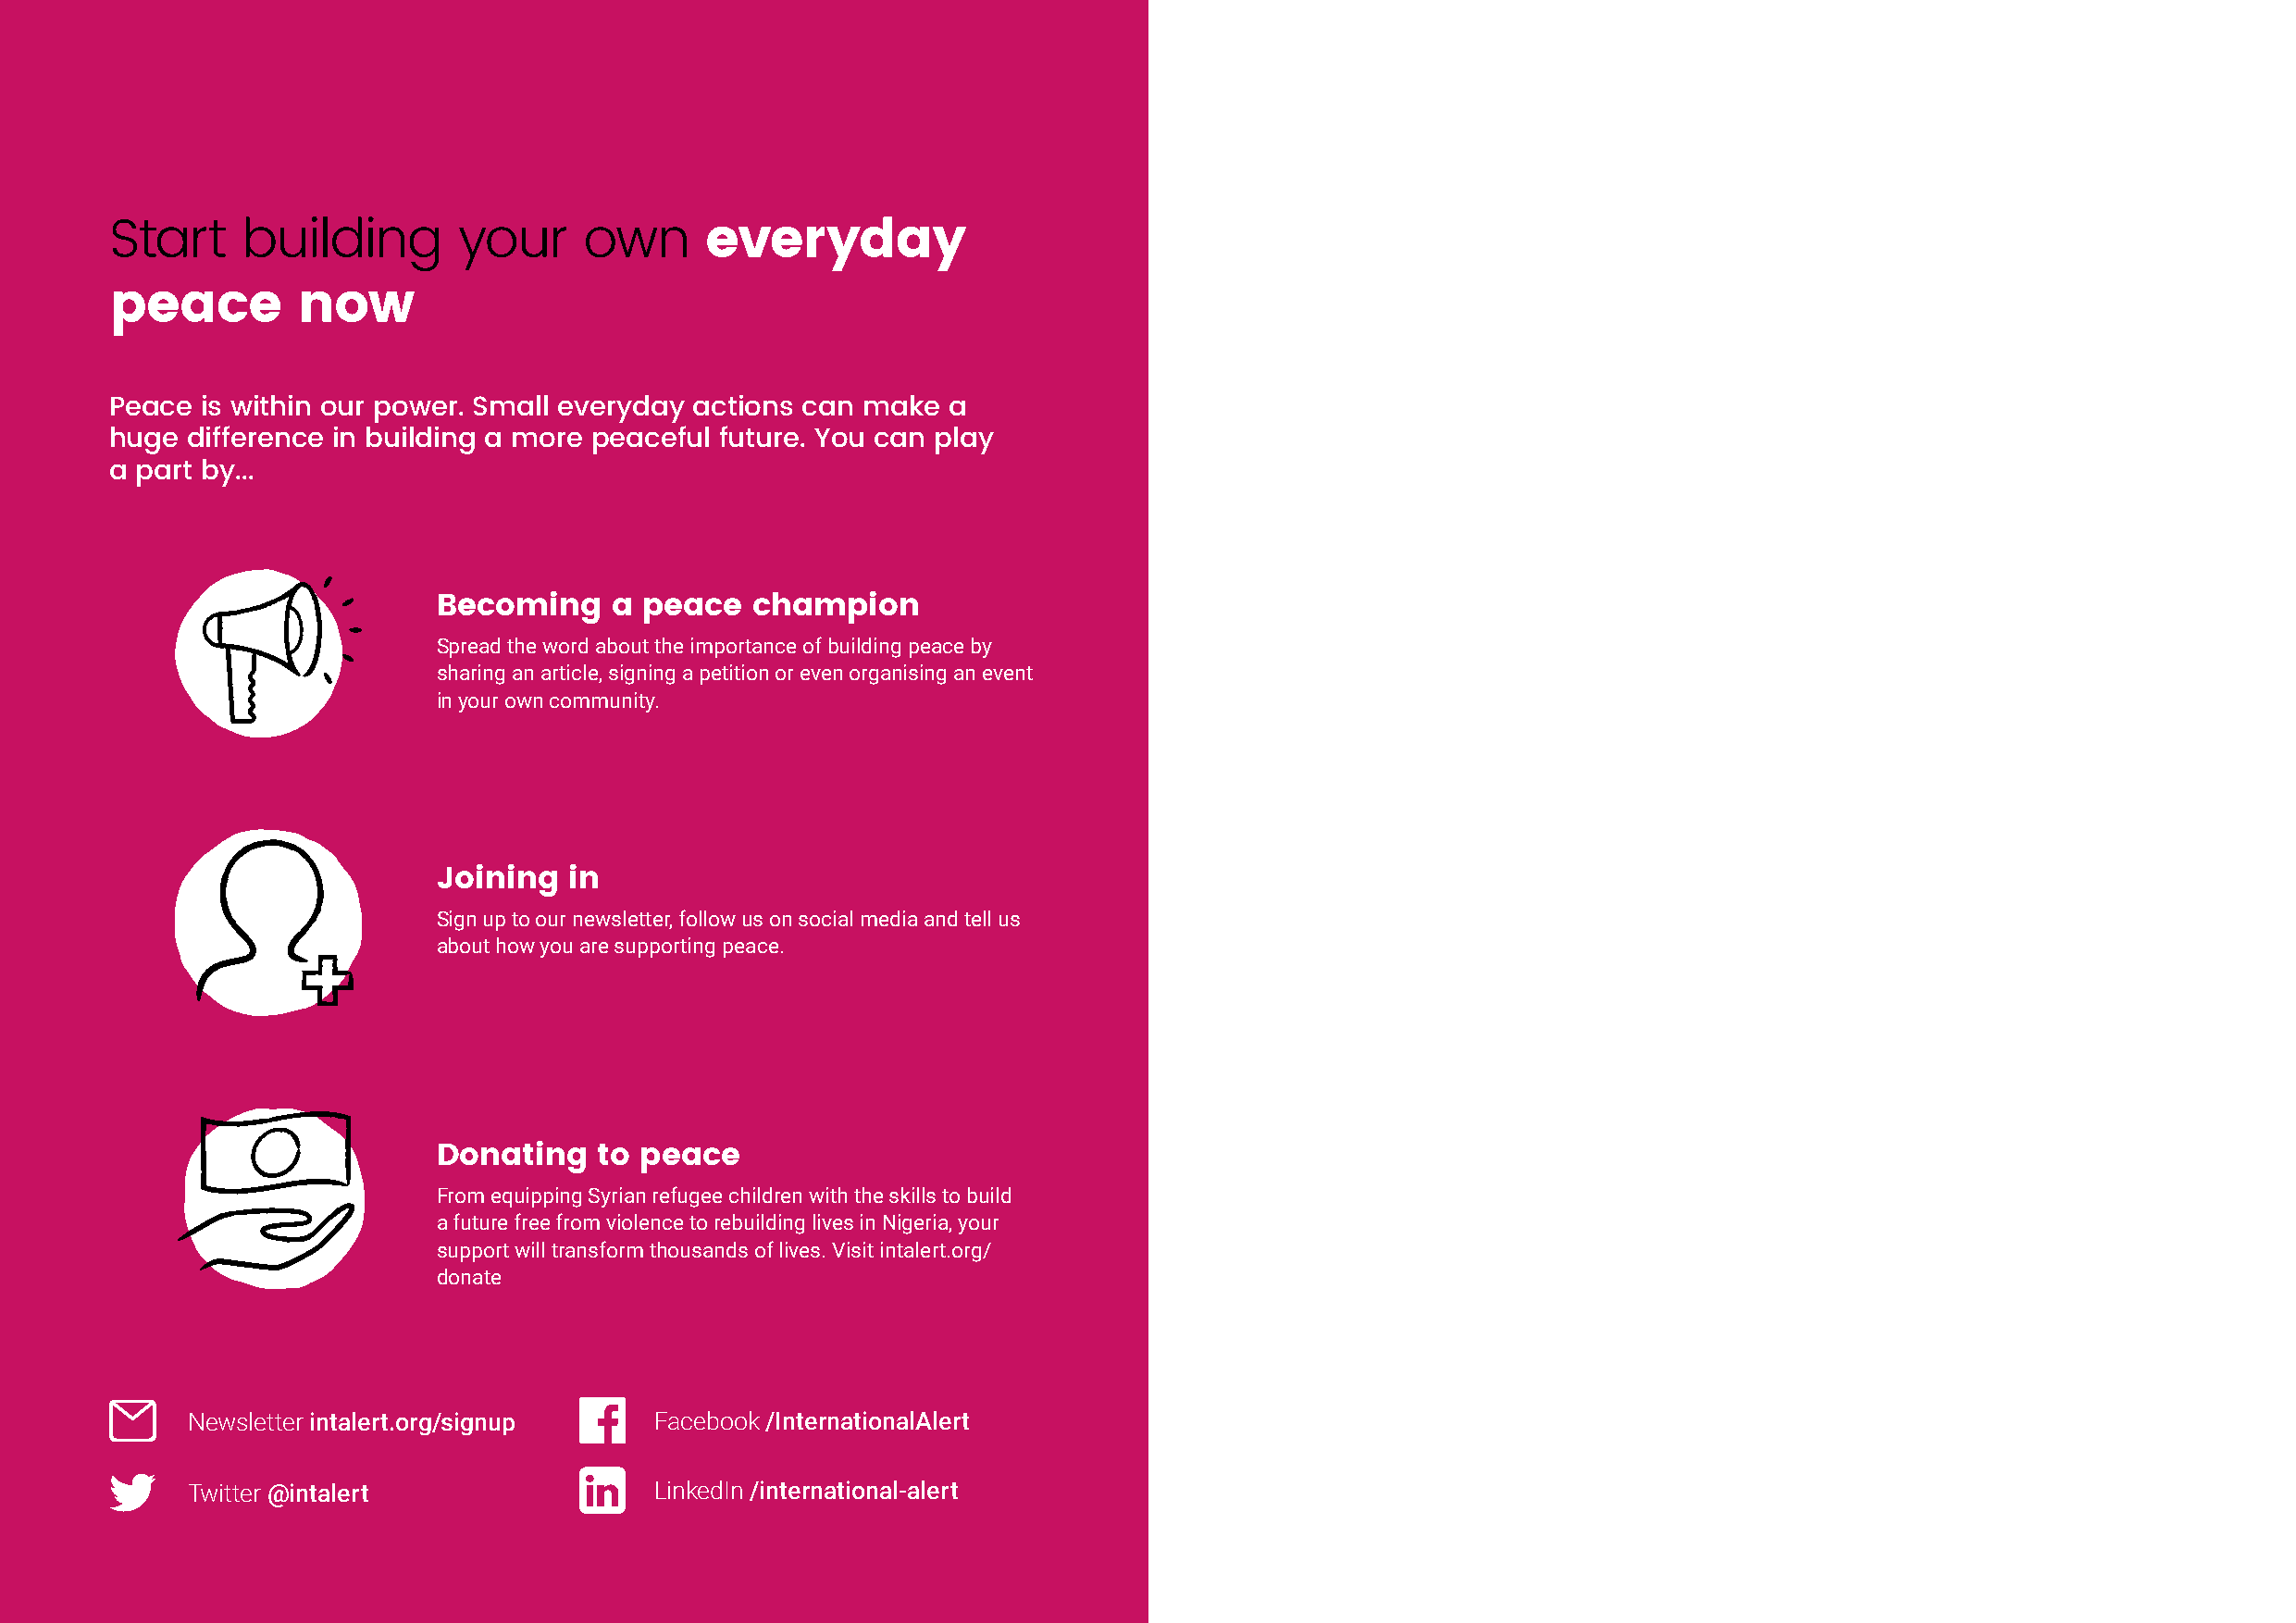
Start    building        your     own      everyday
 peace        now
 Peace is within our power. Small everyday actions can make  a
 huge difference in building a more peaceful future. You can play
 a part by...
 Becoming     a peace   champion
 Spread the word about the importance of building peace by
 sharing an article, signing a petition or even organising an event
 in your own community.
 Joining   in
 Sign up to our newsletter, follow us on social media and tell us
 about how you are supporting peace.
 Donating    to peace
 From equipping Syrian refugee children with the skills to build
 a future free from violence to rebuilding lives in Nigeria, your
 support will transform thousands of lives. Visit intalert.org/
 donate
 Newsletter intalert.org/signup    Facebook /InternationalAlert
 Twitter @intalert                 LinkedIn /international-alert